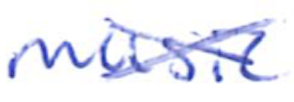
Text: music
Cross-out: cross
Writing tool: ballpoint